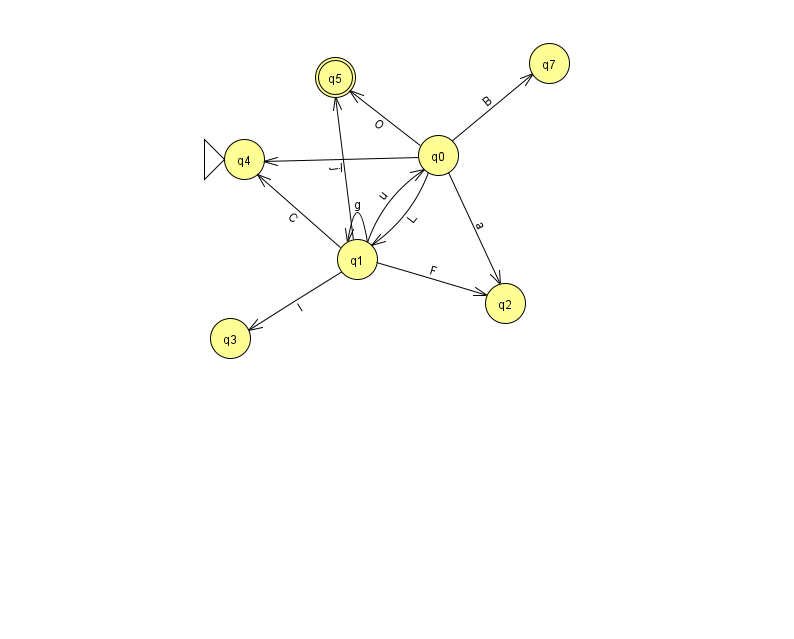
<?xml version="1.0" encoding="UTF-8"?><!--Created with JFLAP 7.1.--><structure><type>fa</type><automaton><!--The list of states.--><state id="0" name="q0"><x>438.0</x><y>142.0</y></state><state id="1" name="q1"><x>357.0</x><y>246.0</y></state><state id="2" name="q2"><x>505.0</x><y>290.0</y></state><state id="3" name="q3"><x>230.0</x><y>325.0</y></state><state id="4" name="q4"><x>244.0</x><y>146.0</y><initial/></state><state id="5" name="q5"><x>335.0</x><y>64.0</y><final/></state><state id="7" name="q7"><x>549.0</x><y>50.0</y></state><!--The list of transitions.--><transition><from>1</from><to>5</to><read>j</read></transition><transition><from>1</from><to>0</to><read>u</read></transition><transition><from>0</from><to>5</to><read>O</read></transition><transition><from>1</from><to>4</to><read>C</read></transition><transition><from>1</from><to>1</to><read>g</read></transition><transition><from>1</from><to>3</to><read>I</read></transition><transition><from>0</from><to>2</to><read>a</read></transition><transition><from>0</from><to>1</to><read>L</read></transition><transition><from>0</from><to>4</to><read>I</read></transition><transition><from>0</from><to>7</to><read>B</read></transition><transition><from>1</from><to>2</to><read>F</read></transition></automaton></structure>